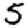
Digit: 5